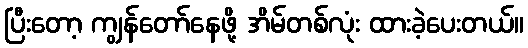
ပြီးတော့ ကျွန်တော်နေဖို့ အိမ်တစ်လုံး ထားခဲ့ပေးတယ်။